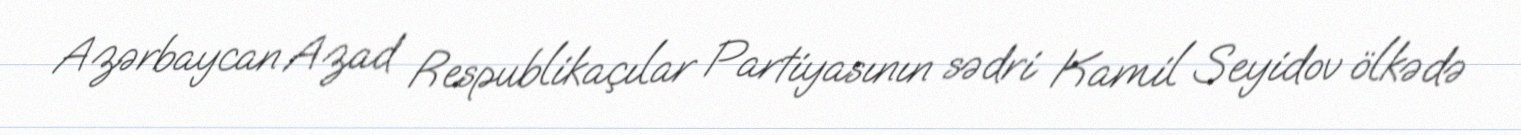
Azərbaycan Azad Respublikaçılar Partiyasının sədri Kamil Seyidov ölkədə